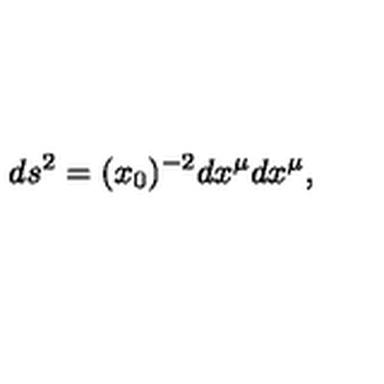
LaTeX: d s ^ { 2 } = ( x _ { 0 } ) ^ { - 2 } d x ^ { \mu } d x ^ { \mu } ,